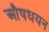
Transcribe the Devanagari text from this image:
औषधयन